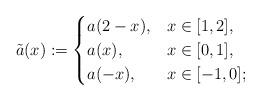
LaTeX: \begin{align*}\tilde a(x):= \begin{cases}a(2-x),& x \in [1,2],\\a(x), & x \in [0,1],\\a(-x), & x \in [-1,0];\end{cases}\end{align*}